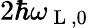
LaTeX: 2\hbar\omega_{\mathrm{~L~},0}